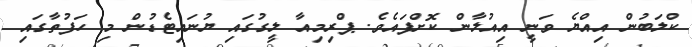
ކްލަބުން އިއްޔެ ވަނީ އިއުލާން ކޮށްފައެވެ. ޕްރިމިއާ ލީގުގައި ޔުނައިޓެޑުން މި ހަފުތާގައި